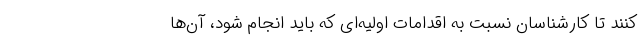
کنند تا کارشناسان نسبت به اقدامات اولیه‌ای که باید انجام شود، آن‌ها